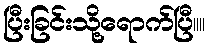
ပြီးခြင်းသို့ရောက်ပြီ။။